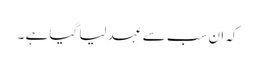
کہ ان سب سے عہد لیا گیا ہے ۔